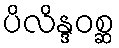
ပိလိန္ဒဝစ္ဆ